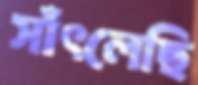
সাঁৎলেছি